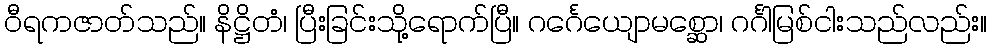
ဝီရကဇာတ်သည်။ နိဋ္ဌိတံ၊ ပြီးခြင်းသို့ရောက်ပြီ။ ဂင်္ဂေယျောမစ္ဆော၊ ဂင်္ဂါမြစ်ငါးသည်လည်း။